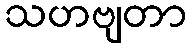
သဟဗျတာ